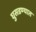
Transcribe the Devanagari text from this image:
घुसडण्यात